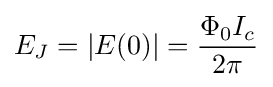
E_{J}=|E(0)|={\frac {\Phi _{0}I_{c}}{2\pi }}